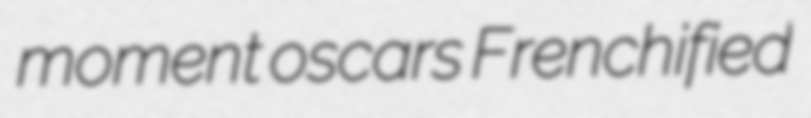
moment oscars Frenchified